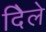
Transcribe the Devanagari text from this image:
दिेले